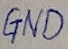
Text: GND